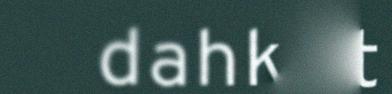
dahkat